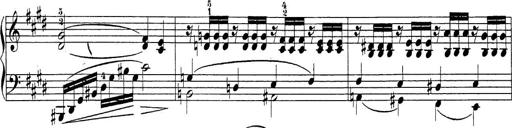
Title: Sonatina Album
Composer: Louis KÃ¶hler